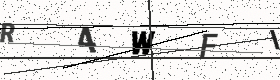
Text: R4WFI